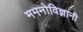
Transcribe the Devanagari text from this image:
ममनोविज्ञानी